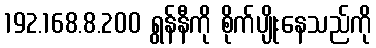
192.168.8.200 ရွန်နီကို စိုက်ပျိုးနေသည်ကို